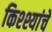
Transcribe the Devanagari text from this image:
किश्श्यांचे